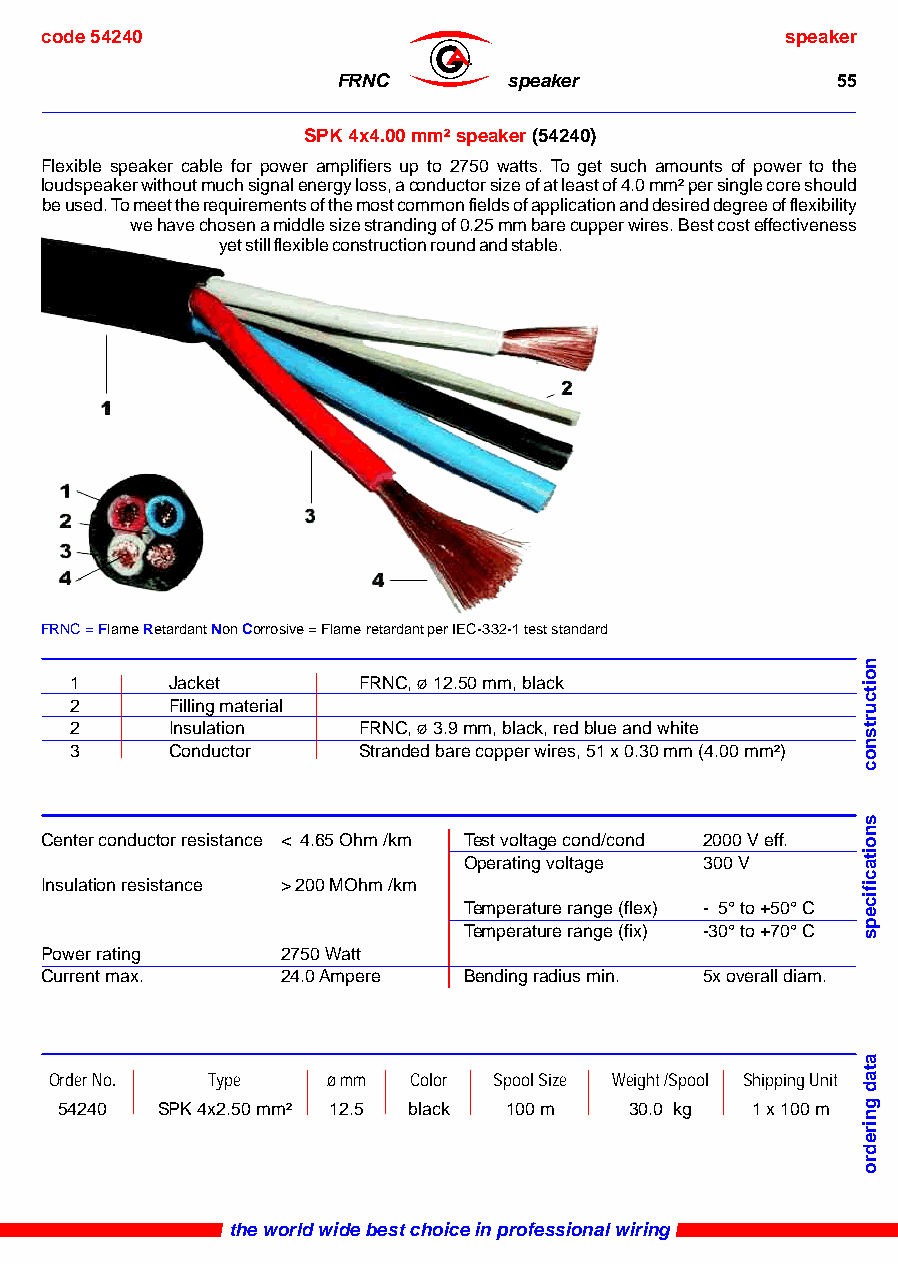
code 54240                                       speaker
 ®
 FRNC        speaker              55
 SPK 4x4.00 mm² speaker (54240)
 Flexible speaker cable for power amplifiers up to 2750 watts. To get such amounts of power to the
 loudspeaker without much signal energy loss, a conductor size of at least of 4.0 mm² per single core should
 be used. To meet the requirements of the most common fields of application and desired degree of flexibility
 we have chosen a middle size stranding of 0.25 mm bare cupper wires. Best cost effectiveness
 yet still flexible construction round and stable.
 FRNC = Flame Retardant Non Corrosive = Flame retardant per IEC-332-1 test standard
 1     Jacket       FRNC, ø 12.50 mm, black
 2     Filling material
 2     Insulation   FRNC, ø 3.9 mm, black, red blue and white
 3     Conductor    Stranded bare copper wires, 51 x 0.30 mm (4.00 mm²)
 Center conductor resistance < 4.65 Ohm /km Test voltage cond/cond 2000 V eff.
 Operating voltage 300 V
 Insulation resistance > 200 MOhm /km
 Temperature range (flex) - 5° to +50° C
 Temperature range (fix) -30° to +70° C
 Power rating    2750 Watt
 Current max.    24.0 Ampere Bending radius min. 5x overall diam.
 Order No.  Type    ø mm Color Spool Size Weight /Spool Shipping Unit
 54240 SPK 4x2.50 mm² 12.5 black 100 m 30.0 kg 1 x 100 m
 the world wide best choice in professional wiring
 noitcurtsnoc
 snoitacificeps
 atad
 gniredro